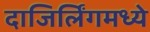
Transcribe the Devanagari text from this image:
दाजिर्लिंगमध्ये